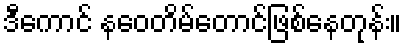
ဒီကောင် နဝေတိမ်တောင်ဖြစ်နေတုန်း။